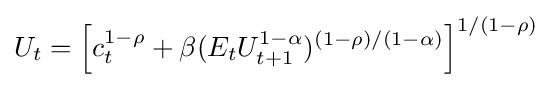
U_{t}=\left[c_{t}^{1-\rho }+\beta (E_{t}U_{t+1}^{1-\alpha })^{(1-\rho )/(1-\alpha )}\right]^{1/(1-\rho )}